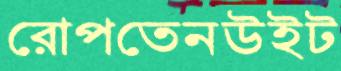
রোপতেনউইট